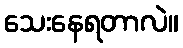
သေးနေရတာလဲ။